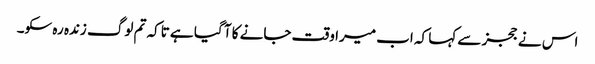
اس نے ججز سے کہا کہ اب میرا وقت جانے کا آ گیا ہے تاکہ تم لوگ زندہ رہ سکو۔